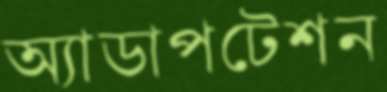
অ্যাডাপটেশন